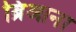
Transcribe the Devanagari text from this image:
ब्रिआना